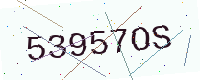
Text: 53957OS